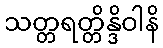
သတ္တရတ္တိန္ဒိဝါနိ